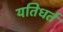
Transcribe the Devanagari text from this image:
यतिधर्त